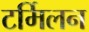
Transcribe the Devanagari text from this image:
टर्मिलन